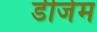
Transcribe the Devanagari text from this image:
डीजेम